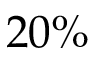
2 0 \%